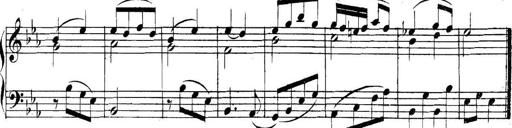
Title: Collected Piano Sonatas
Composer: Muzio Clementi